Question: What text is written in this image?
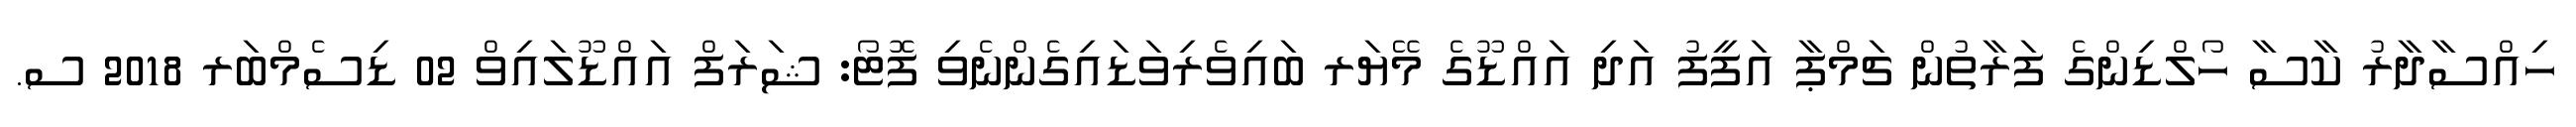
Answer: ހިއްސާދާރު ކާސާ ހޯލްޑިންގެ ފަރާތުން ޗަމްޕާ އަފީފު އަދި އައްޑޫގެ މޭޔަރ ބައިވެރިވަޑައިގެންނެވި ފޮޓޯ: ޝަރަފް އައްޑޫލައިވް 02 ޑިސެމްބަރ 2018 ސ.